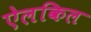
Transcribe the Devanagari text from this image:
ऐलकिल